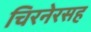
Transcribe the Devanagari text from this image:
चिरनेरसह